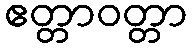
ဧတ္တာဝတ္တာ